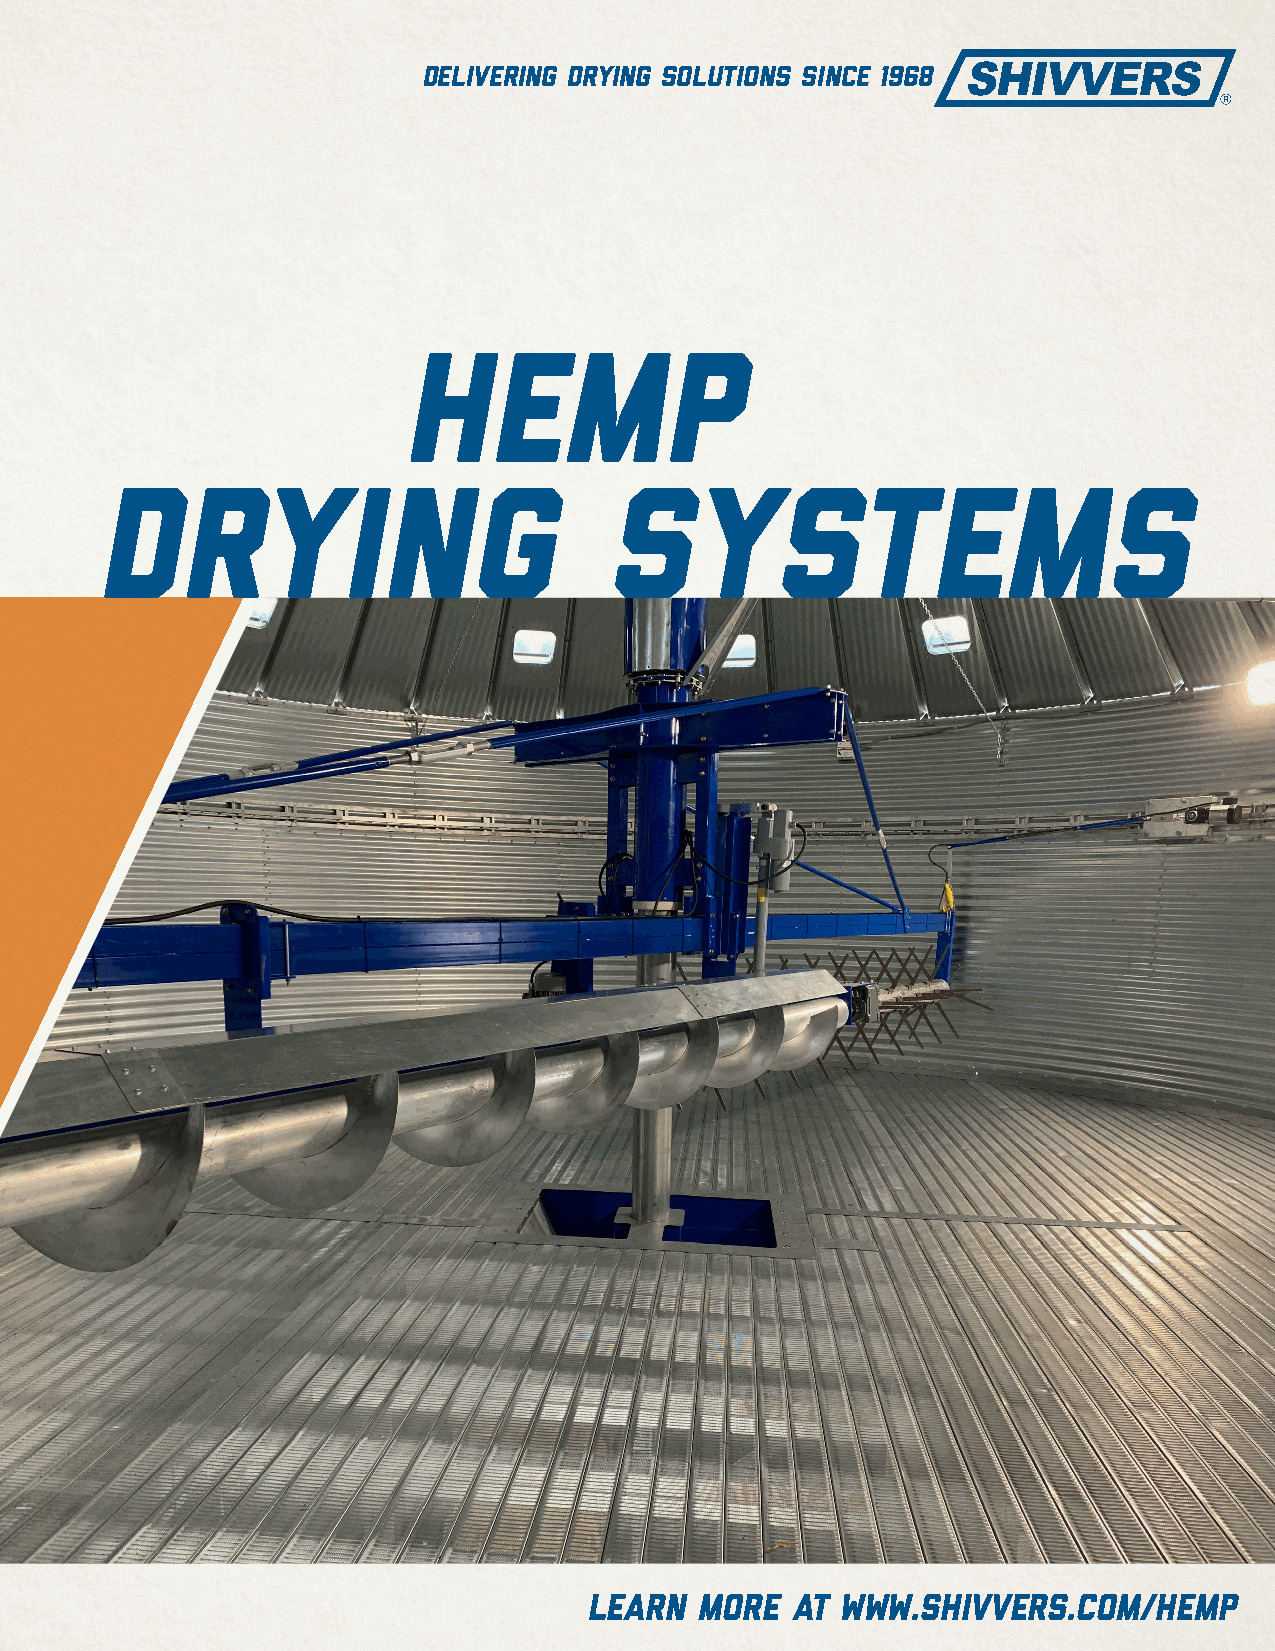
Delivering drying solutions since 1968
 Hemp
 Drying                            systems
 Learn  more  at  www.shivvers.com/hemp